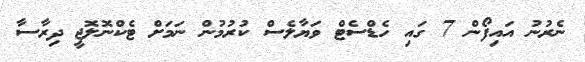
ނެރުނު އައިފޯން 7 ގައި ހެޑްސެޓް ވަޔާލެސް ކުރުމުން ނަމަށް ޓެކްނޮލޮޖީ ދިރާސާ